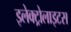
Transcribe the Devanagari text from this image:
इलेक्ट्रोलाइटस